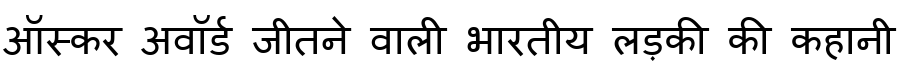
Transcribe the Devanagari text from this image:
ऑस्कर अवॉर्ड जीतने वाली भारतीय लड़की की कहानी